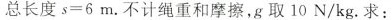
总长度 $$s = 6 m$$。不计绳重和摩擦，g取10 N/kg。求：